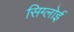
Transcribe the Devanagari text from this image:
सिग्लोई